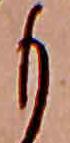
も